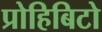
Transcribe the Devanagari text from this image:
प्रोहिबिटो